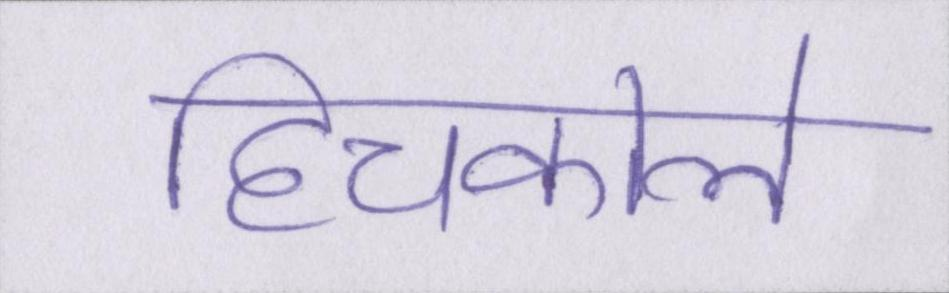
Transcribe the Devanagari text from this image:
हिचकोले